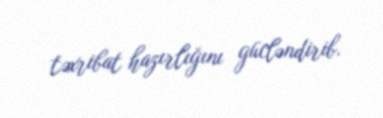
təxribat hazırlığını gücləndirib.